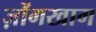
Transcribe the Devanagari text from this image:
ज़ोंगखाग